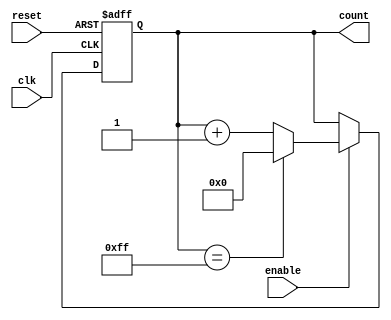
module parameterized_counter #(
    parameter WIDTH = 8,               // Width of the counter
    parameter INIT_VALUE = 0,          // Initial value of the counter
    parameter COUNT_DIR = 1,            // Count direction: 1 for up, 0 for down
    parameter ASYNC_RESET = 0           // Reset type: 1 for asynchronous, 0 for synchronous
)(
    input wire clk,                     // Clock input
    input wire reset,                   // Reset input
    input wire enable,                  // Enable input
    output reg [WIDTH-1:0] count       // Counter output
);

    // Internal variable to hold the current count value
    initial begin
        count = INIT_VALUE;             // Set initial value
    end

    // Always block for counting logic
    always @(posedge clk or posedge reset) begin
        if (reset) begin
            count <= INIT_VALUE;         // Reset the counter to initial value
        end else if (enable) begin
            if (COUNT_DIR) begin          // Count up
                if (count == {WIDTH{1'b1}}) // Check for overflow
                    count <= INIT_VALUE;  // Reset to initial value on overflow
                else
                    count <= count + 1;   // Increment the counter
            end else begin                 // Count down
                if (count == 0)            // Check for underflow
                    count <= {WIDTH{1'b1}}; // Set to max value on underflow
                else
                    count <= count - 1;    // Decrement the counter
            end
        end
    end

endmodule